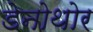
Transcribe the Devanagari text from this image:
डेनोथोर